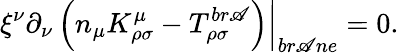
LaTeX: \left.\xi^{\nu}\partial_{\nu}\left(n_{\mu}K_{\rho\sigma}^{\mu}-T_{\rho\sigma}^{br\mathscr{A}}\right)\right|_{br\mathscr{A}ne}=0.